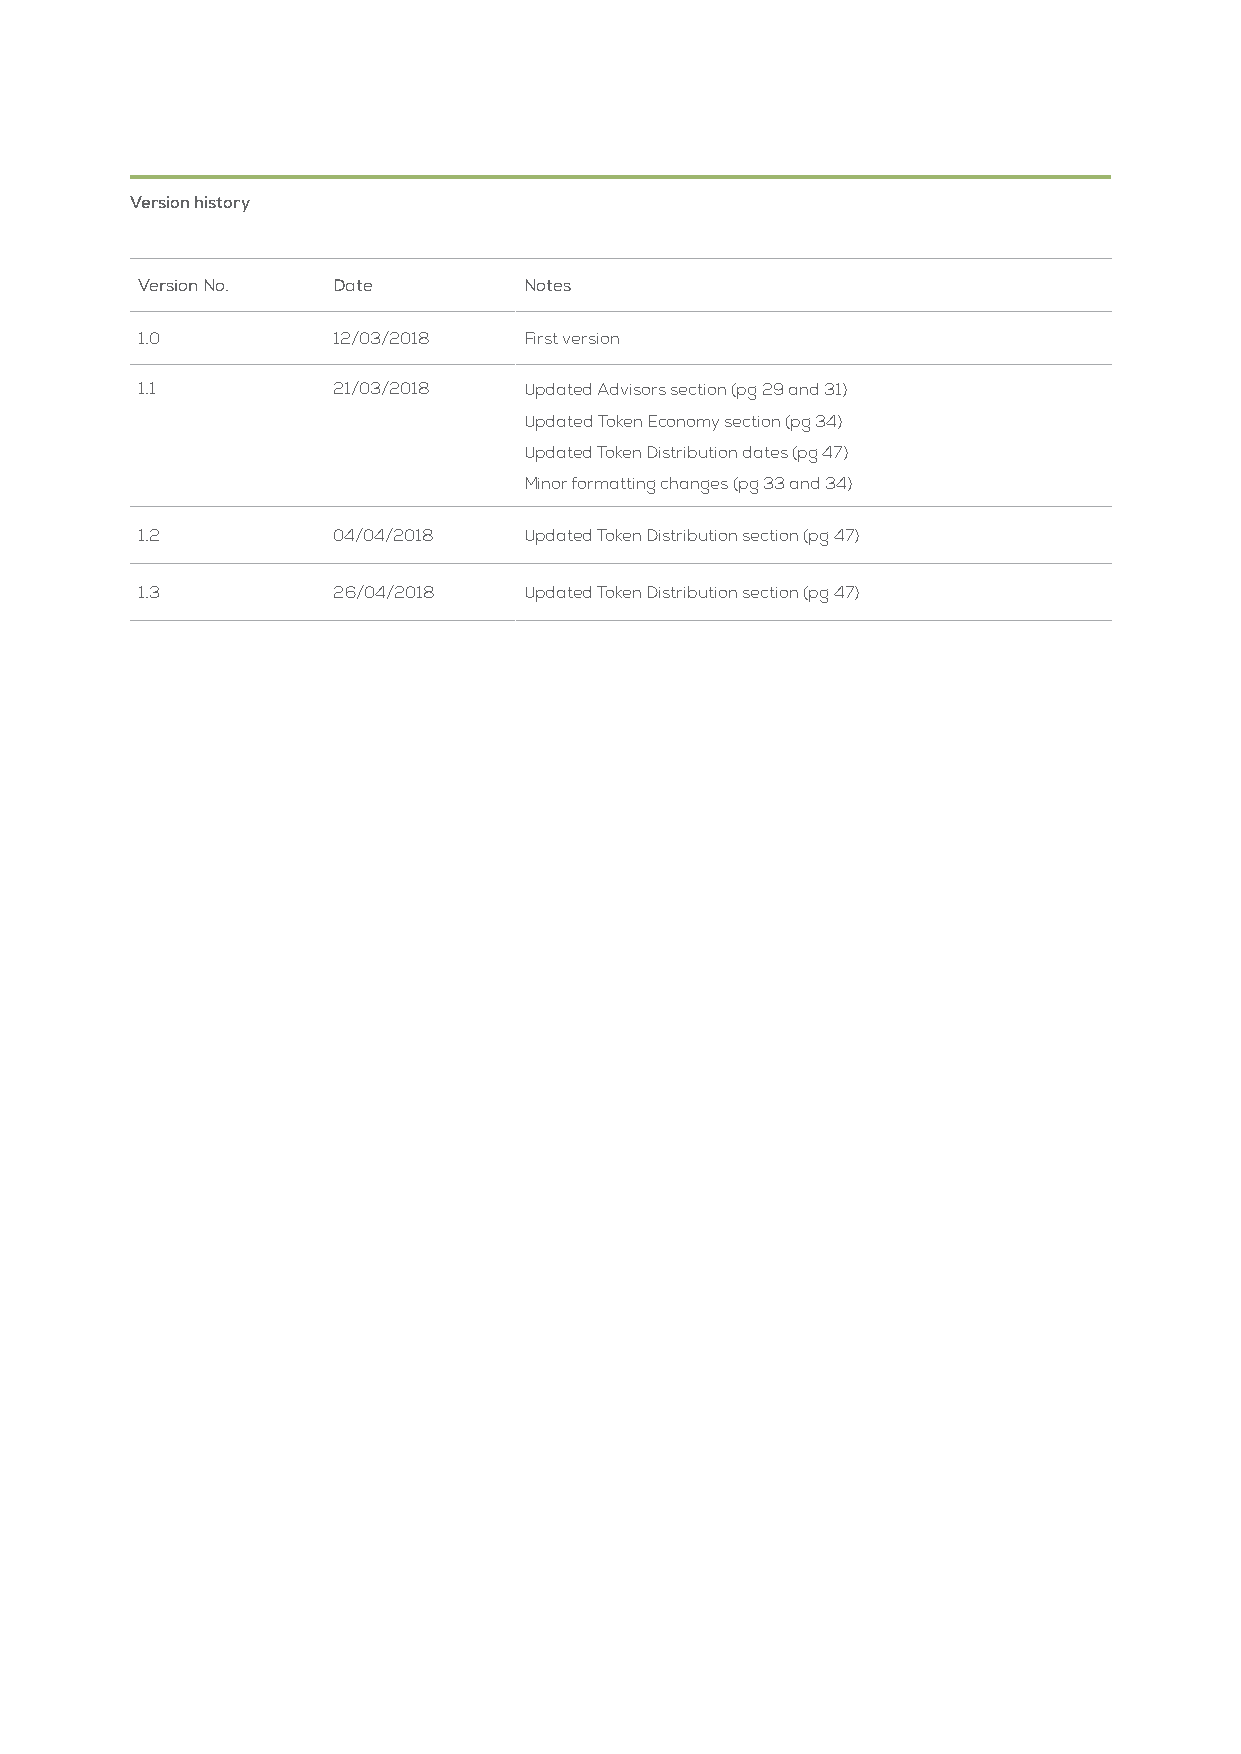
version history
 Version No.  Date         Notes
 1.0          12/03/2018   First version
 1.1          21/03/2018   Updated Advisors section (pg 29 and 31)
 Updated Token Economy section (pg 34)
 Updated Token Distribution dates (pg 47)
 Minor formatting changes (pg 33 and 34)
 1.2          04/04/2018   Updated Token Distribution section (pg 47)
 1.3          26/04/2018   Updated Token Distribution section (pg 47)